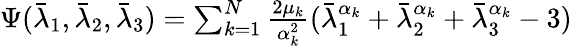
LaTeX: \begin{array}{r}{\Psi(\bar{\lambda}_{1},\bar{\lambda}_{2},\bar{\lambda}_{3})=\sum_{k=1}^{N}\frac{2\mu_{k}}{\alpha_{k}^{2}}(\bar{\lambda}_{1}^{\alpha_{k}}+\bar{\lambda}_{2}^{\alpha_{k}}+\bar{\lambda}_{3}^{\alpha_{k}}-3)}\end{array}